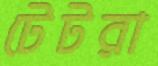
টেটরা